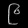
Digit: ၉